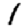
Digit: 1